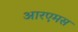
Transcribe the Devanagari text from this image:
आरएमस